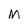
Character: M